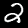
Label: 2